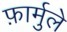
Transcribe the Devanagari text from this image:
फ़ार्मुले